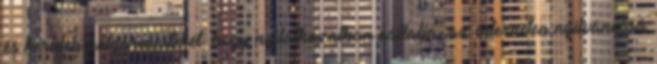
és kerületi polgármesterét, hogy nyilatkozatban vállalja: az interneten nyilvánossá